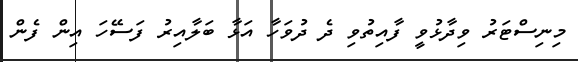
މިނިސްޓަރު ވިދާޅުވީ ފާއިތުވި ދެ ދުވަހާ އަޅާ ބަލާއިރު ފަސޭހަ އިން ފެން